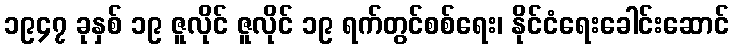
၁၉၄၇ ခုနှစ် ၁၉ ဇူလိုင် ဇူလိုင် ၁၉ ရက်တွင်စစ်ရေး၊ နိုင်ငံရေးခေါင်းဆောင်